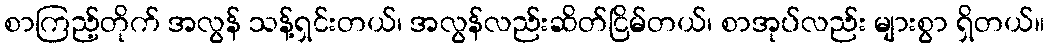
စာကြည့်တိုက် အလွန် သန့်ရှင်းတယ်၊ အလွန်လည်းဆိတ်ငြိမ်တယ်၊ စာအုပ်လည်း များစွာ ရှိတယ်။